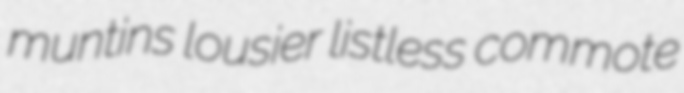
muntins lousier listless commote